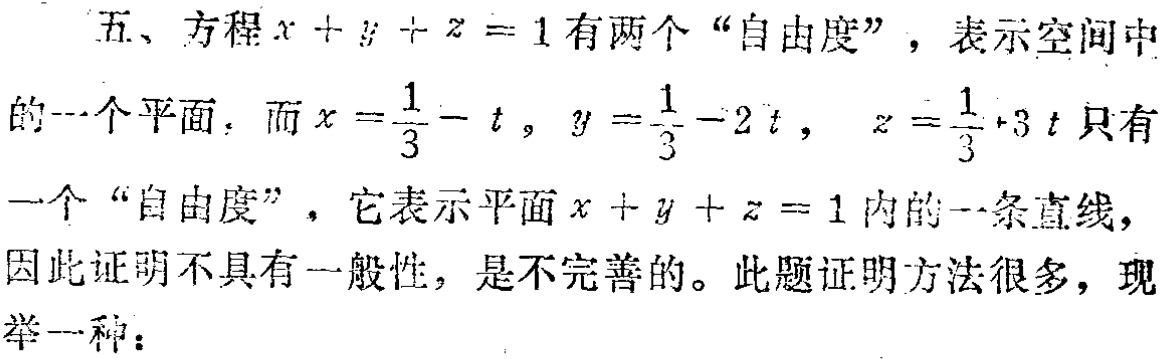
五、方程\(x + y + z = 1\)有两个“自由度”，表示空间中的一个平面．而\(x = \frac{1}{3} - t\)，\(y = \frac{1}{3} - 2t\)，\(z = \frac{1}{3} + 3t\)只有一个“自由度”，它表示平面\(x + y + z = 1\)内的一条直线，因此证明不具有一般性，是不完善的。此题证明方法很多，现举一种：